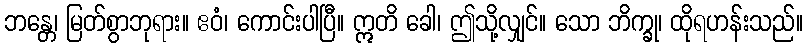
ဘန္တေ၊ မြတ်စွာဘုရား။ ဧဝံ၊ ကောင်းပါပြီ။ ဣတိ ခေါ၊ ဤသို့လျှင်။ သော ဘိက္ခု၊ ထိုရဟန်းသည်။